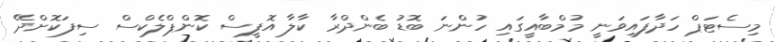
މިސެޓަޕް ހަދާފައިވަނީ މުމްބާއީގައި ހުންނަ ބޮޑު ބެންދްރާ ކާލާ އޮފީސް ކޮންޕްލެކްސް ސިފަކޮށްދޭ